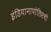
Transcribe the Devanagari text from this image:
इंडियानापोलिसची